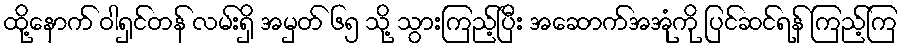
ထို့နောက် ဝါရှင်တန် လမ်းရှိ အမှတ် ၆၅ သို့ သွားကြည့်ပြီး အဆောက်အအုံကို ပြင်ဆင်ရန် ကြည့်ကြ